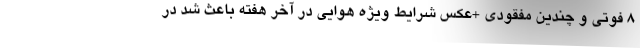
۸ فوتی و چندین مفقودی +عکس شرایط ویژه هوایی در آخر هفته باعث شد در